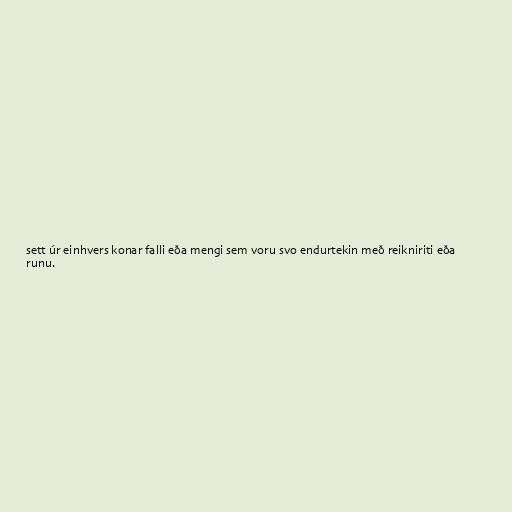
sett úr einhvers konar falli eða mengi sem voru svo endurtekin með reikniriti eða
runu.